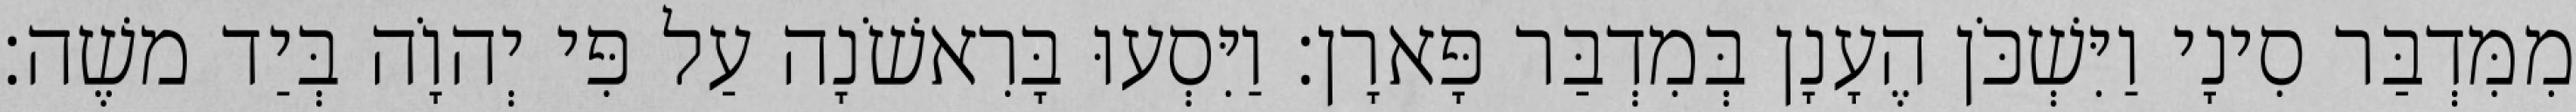
מִמִּדְבַּר סִינָי וַיִּשְׁכֹּן הֶעָנָן בְּמִדְבַּר פָּארָן׃ וַיִּסְעוּ בָּרִאשֹׁנָה עַל פִּי יְהוָֹה בְּיַד משֶׁה׃